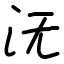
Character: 𣲘